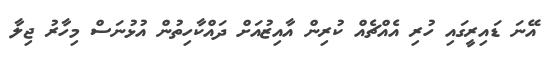
އޭނަ ޑައިރީގައި ހުރި އެއްޗެއް ކުރިން އާއިޒުއަށް ދައްކާހިތުން އުޅުނަސް މިހާރު ޖިލާ